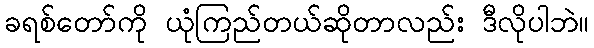
ခရစ်တော်ကို ယုံကြည်တယ်ဆိုတာလည်း ဒီလိုပါဘဲ။